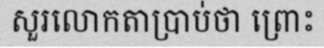
សួរលោកតាប្រាប់ថា ព្រោះ